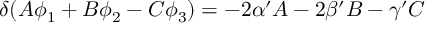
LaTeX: \delta ( A \phi _ { 1 } + B \phi _ { 2 } - C \phi _ { 3 } ) = - 2 \alpha ^ { \prime } A - 2 \beta ^ { \prime } B - \gamma ^ { \prime } C